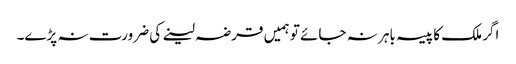
اگر ملک کا پیسہ باہر نہ جائے تو ہمیں قرضہ لینے کی ضرورت نہ پڑے۔